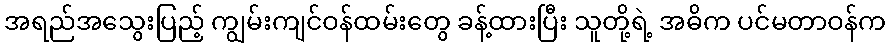
အရည်အသွေးပြည့် ကျွမ်းကျင်ဝန်ထမ်းတွေ ခန့်ထားပြီး သူတို့ရဲ့ အဓိက ပင်မတာဝန်က